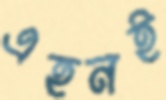
এহনই